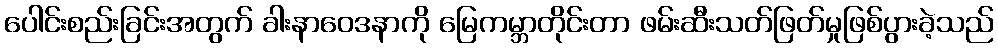
ပေါင်းစည်းခြင်းအတွက် ခါးနာဝေဒနာကို မြေကမ္ဘာတိုင်းတာ ဖမ်းဆီးသတ်ဖြတ်မှုဖြစ်ပွားခဲ့သည်